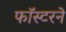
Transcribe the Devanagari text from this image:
फॉस्टरने